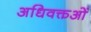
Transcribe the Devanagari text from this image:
अधिवक्तओं